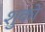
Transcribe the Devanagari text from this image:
शुको